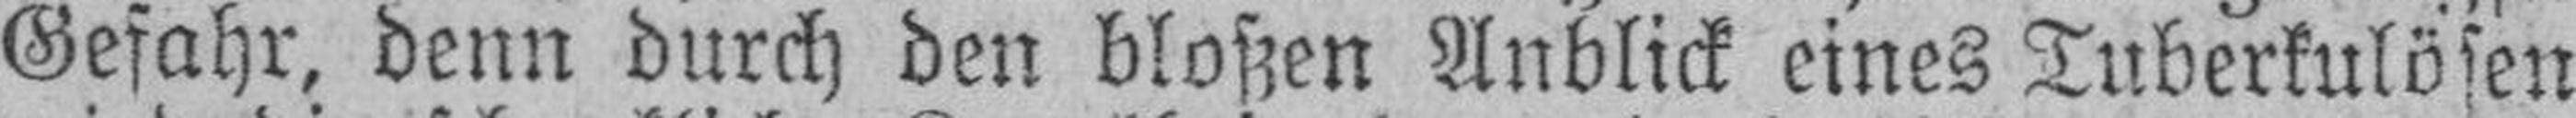
Gefahr, denn durch den bloßen Anblick eines Tuberkulösen